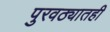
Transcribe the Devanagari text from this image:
पुरवठ्यातही